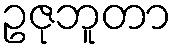
ဥဇုဘူတာ